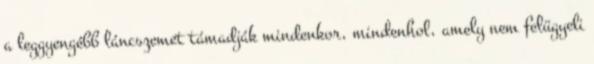
a leggyengébb láncszemet támadják mindenkor, mindenhol, amely nem felügyeli